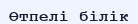
Өтпелі білік